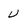
Character: u